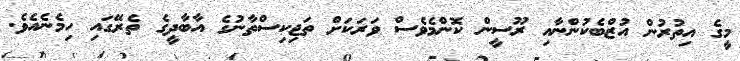
މީގެ އިތުރުން އުޒްބެކުންނާއި ރޫސީން ކޮންމެވެސް ވަރަކަށް ތަޖިކިސްތާނުގެ އާބާދީގެ ތެރޭގައި ހިމެނެއެވެ.